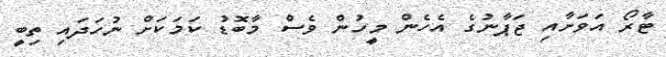
ޓާރޯ އަވަށާއި ޖަޕާނުގެ އެހެން މީހުން ވެސް މާބޮޑު ކަމަކަށް ނުހަދައި ތިބީ